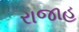
રાજાહ